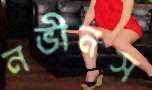
নভীনস